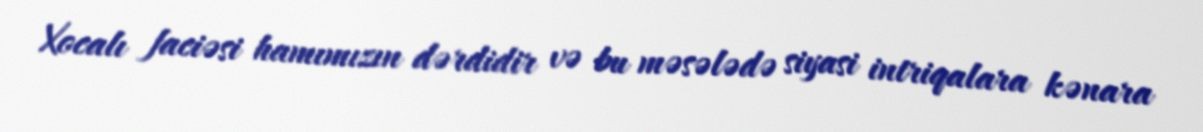
Xocalı faciəsi hamımızın dərdidir və bu məsələdə siyasi intriqalara kənara